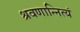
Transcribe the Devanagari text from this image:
श्रवणान्नित्यं